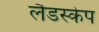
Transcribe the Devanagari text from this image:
लैडस्केप